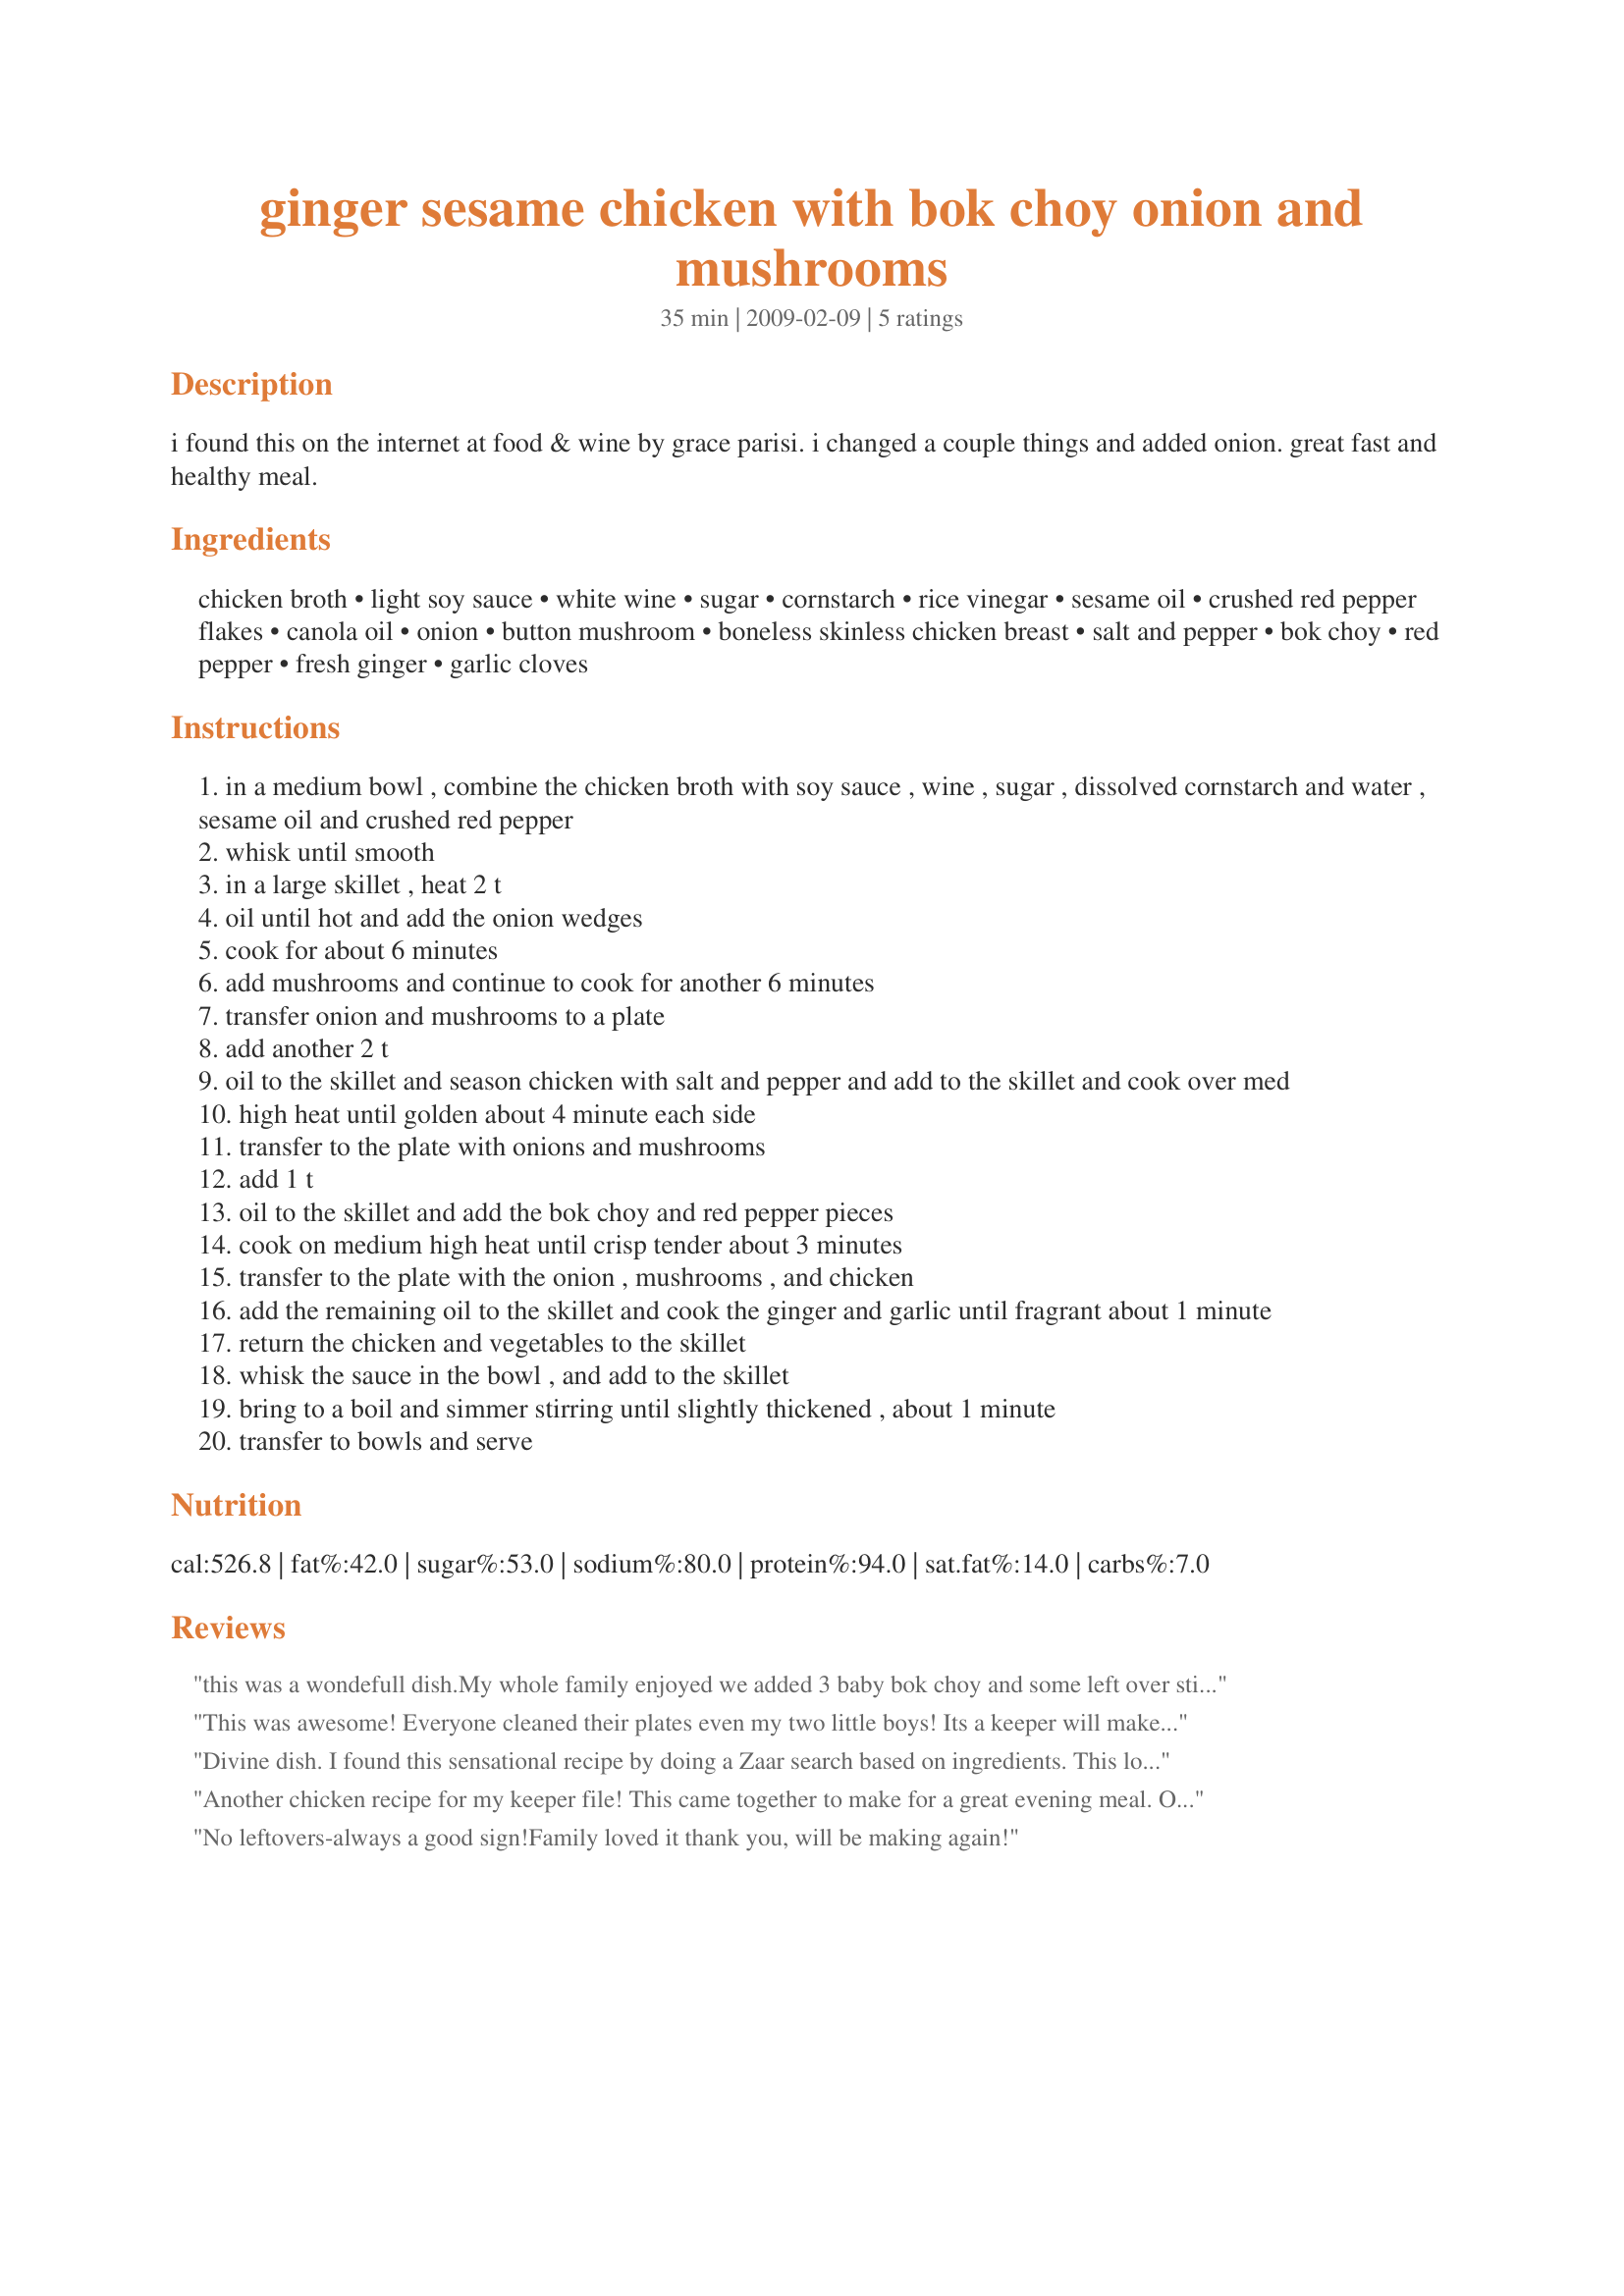
ginger sesame chicken with bok choy onion and mushrooms
Preparation time: 35 minutes

i found this on the internet at food & wine by grace parisi. i changed a couple things and added onion. great fast and healthy meal.

Ingredients:
chicken broth, light soy sauce, white wine, sugar, cornstarch, rice vinegar, sesame oil, crushed red pepper flakes, canola oil, onion, button mushroom, boneless skinless chicken breast, salt and pepper, bok choy, red pepper, fresh ginger, garlic cloves

Steps:
in a medium bowl , combine the chicken broth with soy sauce , wine , sugar , dissolved cornstarch and water , sesame oil and crushed red pepper
whisk until smooth
in a large skillet , heat 2 t
oil until hot and add the onion wedges
cook for about 6 minutes
add mushrooms and continue to cook for another 6 minutes
transfer onion and mushrooms to a plate
add another 2 t
oil to the skillet and season chicken with salt and pepper and add to the skillet and cook over med
high heat until golden about 4 minute each side
transfer to the plate with onions and mushrooms
add 1 t
oil to the skillet and add the bok choy and red pepper pieces
cook on medium high heat until crisp tender about 3 minutes
transfer to the plate with the onion , mushrooms , and chicken
add the remaining oil to the skillet and cook the ginger and garlic until fragrant about 1 minute
return the chicken and vegetables to the skillet
whisk the sauce in the bowl , and add to the skillet
bring to a boil and simmer stirring until slightly thickened , about 1 minute
transfer to bowls and serve

Reviews:
this was a wondefull dish.My whole family enjoyed we added 3 baby bok choy and some left over stir fry veggies served with brown rice i made with low fat chicken broth.Thanks for posting.
This was awesome! Everyone cleaned their plates even my two little boys! Its a keeper will make it again.
Divine dish. I found this sensational recipe by doing a Zaar search based on ingredients. This looked like a winner, and it sure is. I had to make a few little tweaks because of what I had on hand -- 1/2 pound of homegrown mushrooms, a pound of skinless chicken thighs, a bunch of baby bok choy (but no red pepper) and 2 fresh Thai hot chillies instead of red pepper flakes. I love sesame oil, so added an extra 1/2 teaspoon. Hubby's comment -- and he doesn't give praise lightly -- was 'Jolly good!' And then he scoffed the tiny bit of leftovers for lunch today. Thanks so much for posting.
Another chicken recipe for my keeper file! This came together to make for a great evening meal. Other than being genereous with the mushrooms made as posted. Having half an onion on hand I was tempted to add it - but followed through as per the recipe. I think this one is one of those recipes one could add extra veggies without changing the wonderful flavor. A repeatable for sure!
No leftovers-always a good sign!Family loved it thank you, will be making again!
